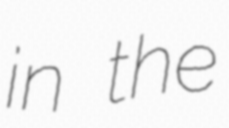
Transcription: in the